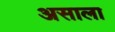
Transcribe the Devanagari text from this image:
असाला